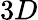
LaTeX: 3D